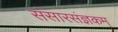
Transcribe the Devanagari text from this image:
संसारसंज्ञकम्